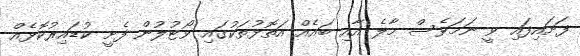
ފަށައިފައި ވީ ނަމަވެސް މާލެ އާއި ބައެއް އަތޮޅުތަކުގައި ވޯޓުލުން ފެށީ ކުޑައިރުކޮޅެއް